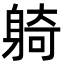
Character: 躸